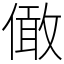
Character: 㒈